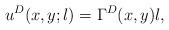
LaTeX: \begin{align*} u^D(x,y;l) = \Gamma^D(x,y)l,\end{align*}